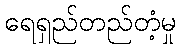
ရေရှည်တည်တံ့မှု